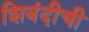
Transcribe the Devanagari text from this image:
शिबंदीची